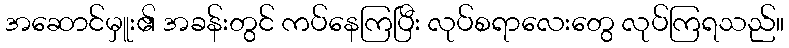
အဆောင်မှူး၏ အခန်းတွင် ကပ်နေကြပြီး လုပ်စရာလေးတွေ လုပ်ကြရသည်။